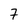
Character: 7